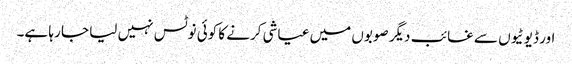
اور ڈیوٹیوں سے غائب دیگر صوبوں میں عیاشی کرنے کا کوئی نوٹس نہیں لیا جا رہا ہے۔